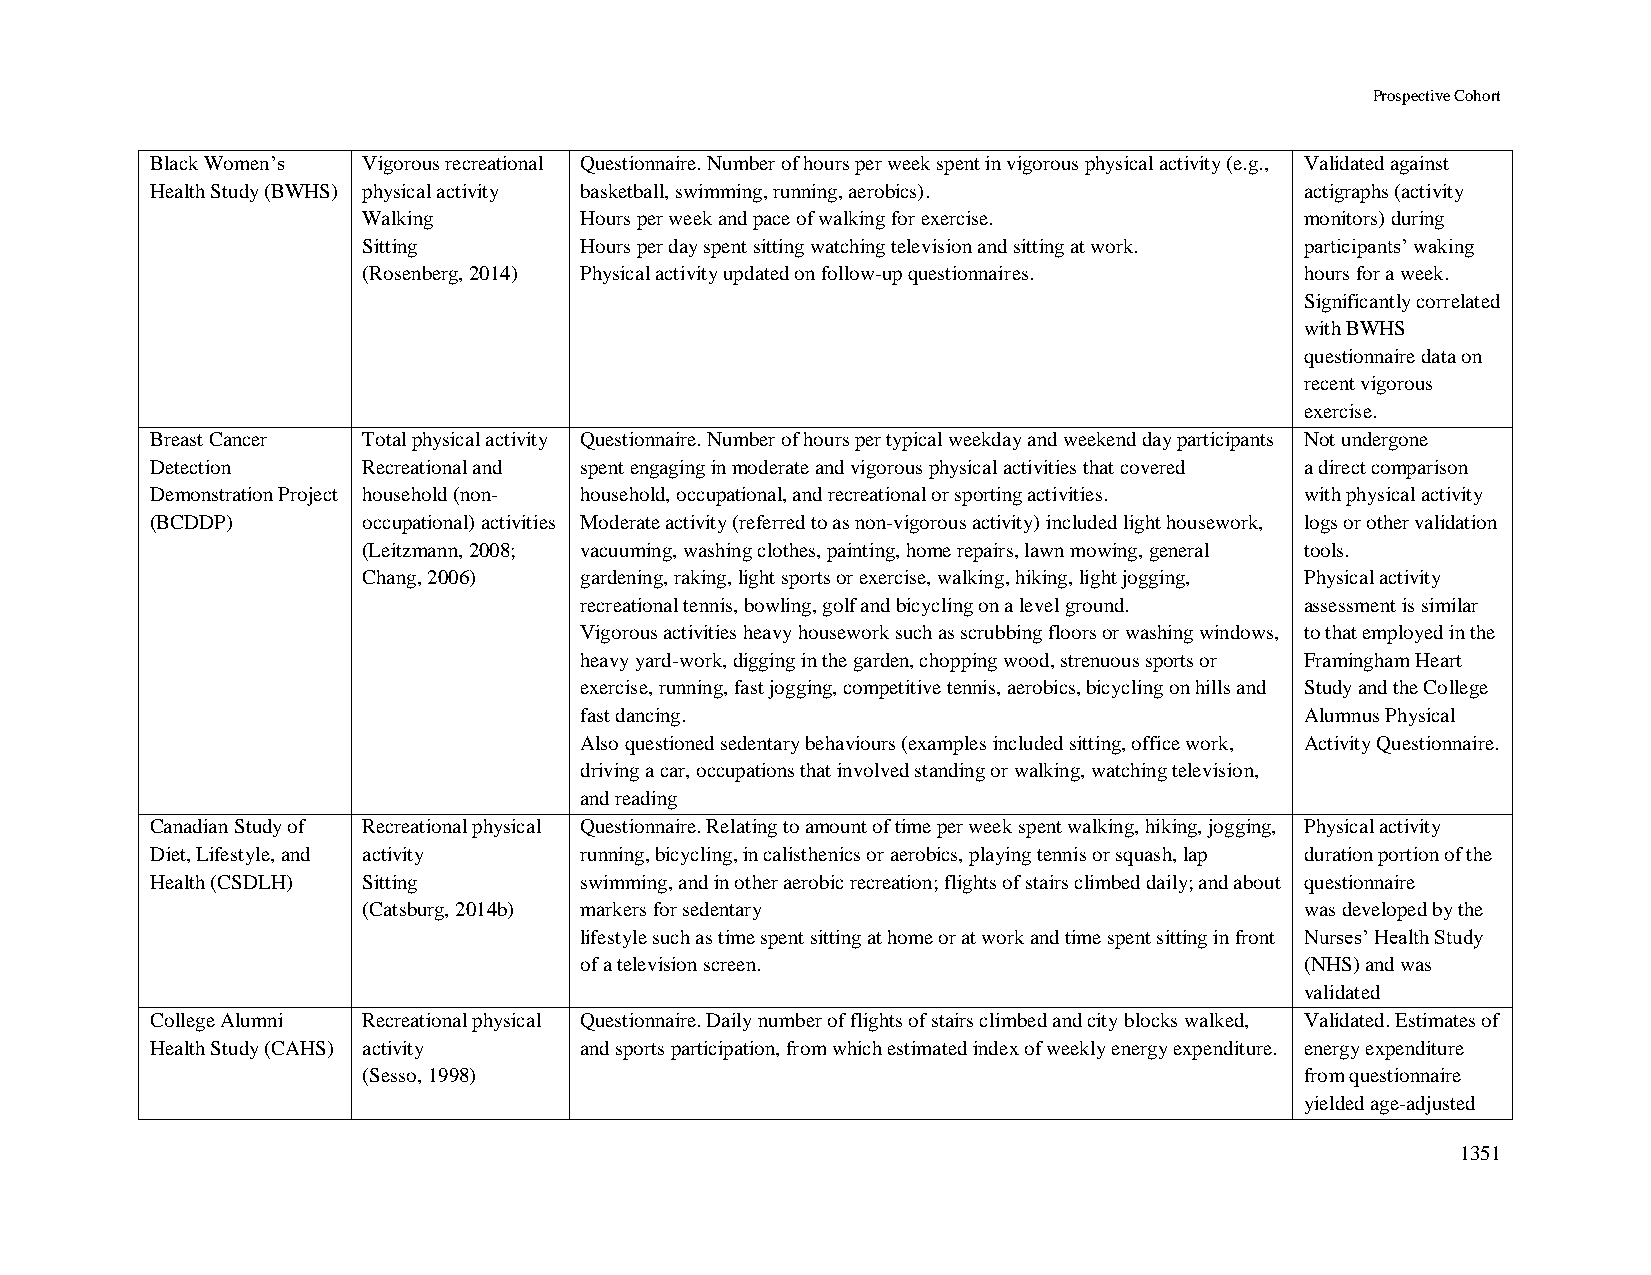
Prospective Cohort
 Black Women’s Vigorous recreational Questionnaire. Number of hours per week spent in vigorous physical activity (e.g., Validated against
 Health Study (BWHS) physical activity basketball, swimming, running, aerobics). actigraphs (activity
 Walking       Hours per week and pace of walking for exercise. monitors) during
 Sitting       Hours per day spent sitting watching television and sitting at work. participants’ waking
 (Rosenberg, 2014) Physical activity updated on follow-up questionnaires. hours for a week.
 Significantly correlated
 with BWHS
 questionnaire data on
 recent vigorous
 exercise.
 Breast Cancer Total physical activity Questionnaire. Number of hours per typical weekday and weekend day participants Not undergone
 Detection     Recreational and spent engaging in moderate and vigorous physical activities that covered a direct comparison
 Demonstration Project household (non- household, occupational, and recreational or sporting activities. with physical activity
 (BCDDP)       occupational) activities Moderate activity (referred to as non-vigorous activity) included light housework, logs or other validation
 (Leitzmann, 2008; vacuuming, washing clothes, painting, home repairs, lawn mowing, general tools.
 Chang, 2006)  gardening, raking, light sports or exercise, walking, hiking, light jogging, Physical activity
 recreational tennis, bowling, golf and bicycling on a level ground. assessment is similar
 Vigorous activities heavy housework such as scrubbing floors or washing windows, to that employed in the
 heavy yard-work, digging in the garden, chopping wood, strenuous sports or Framingham Heart
 exercise, running, fast jogging, competitive tennis, aerobics, bicycling on hills and Study and the College
 fast dancing.                                   Alumnus Physical
 Also questioned sedentary behaviours (examples included sitting, office work, Activity Questionnaire.
 driving a car, occupations that involved standing or walking, watching television,
 and reading
 Canadian Study of Recreational physical Questionnaire. Relating to amount of time per week spent walking, hiking, jogging, Physical activity
 Diet, Lifestyle, and activity running, bicycling, in calisthenics or aerobics, playing tennis or squash, lap duration portion of the
 Health (CSDLH) Sitting      swimming, and in other aerobic recreation; flights of stairs climbed daily; and about questionnaire
 (Catsburg, 2014b) markers for sedentary                       was developed by the
 lifestyle such as time spent sitting at home or at work and time spent sitting in front Nurses’ Health Study
 of a television screen.                         (NHS) and was
 validated
 College Alumni Recreational physical Questionnaire. Daily number of flights of stairs climbed and city blocks walked, Validated. Estimates of
 Health Study (CAHS) activity and sports participation, from which estimated index of weekly energy expenditure. energy expenditure
 (Sesso, 1998)                                                 from questionnaire
 yielded age-adjusted
 1351